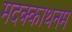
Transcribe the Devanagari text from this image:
मदक्काथनम